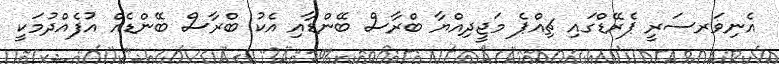
އެނިވަރސަރީ ޕެރޭޑްގައި ޗިއްޕެ މަޖީދިއްޔާ ބްރާސް ބޭންޑާއި އެކު ބްރާސް ބޭންޑެއް އުފެއްދުމަކީ